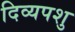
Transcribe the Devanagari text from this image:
दिव्यपशु